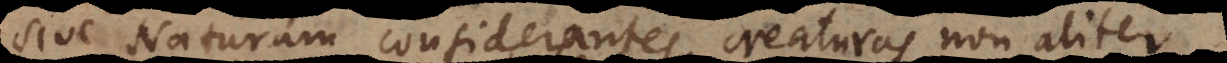
sive Naturam considerantes, creaturas non aliter